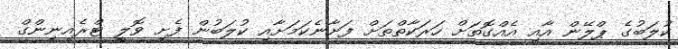
ކުލަބުގެ ޕްލޭން އާއި އެއްގޮތަށް ހަރަކާތްތަށް ފަށާނެކަމަށާއި ކުލަބުން ފެށި ވޮލީ ޓްރެއިނިންގް